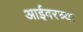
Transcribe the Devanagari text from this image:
आईवरच्या